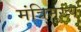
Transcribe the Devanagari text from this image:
मंत्रिमुख्य